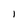
Character: I